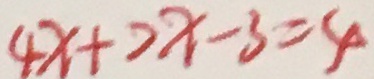
4 x + 2 x - 3 = 4